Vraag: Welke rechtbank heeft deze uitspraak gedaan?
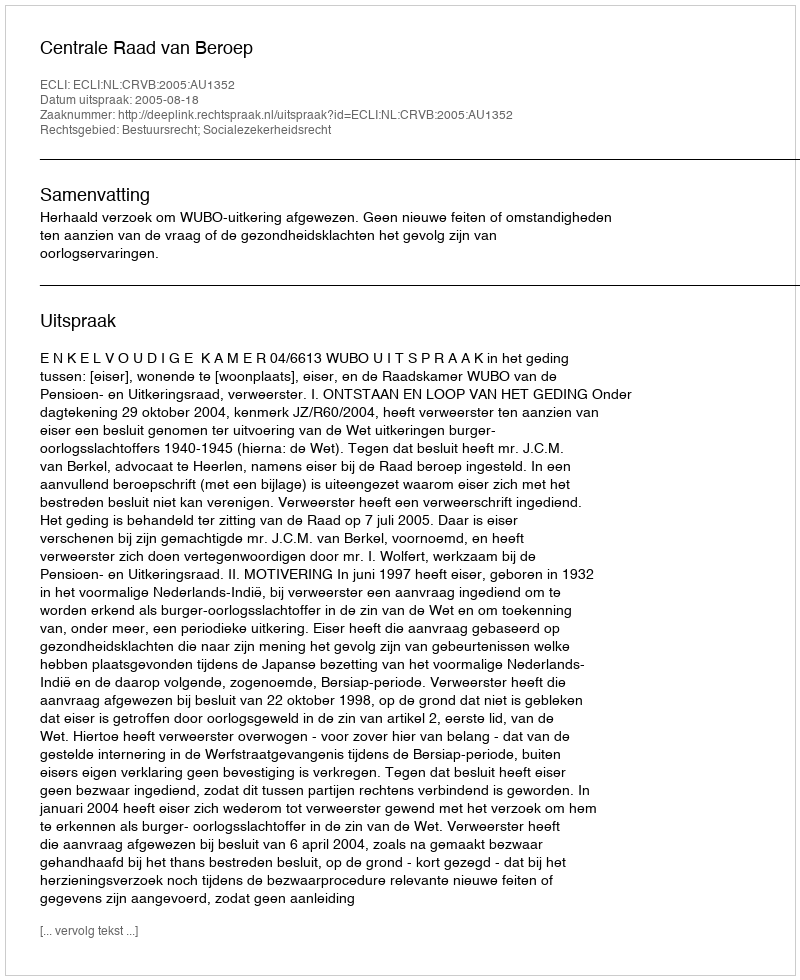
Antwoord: Centrale Raad van Beroep